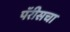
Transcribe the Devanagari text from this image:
पॅरीसचा